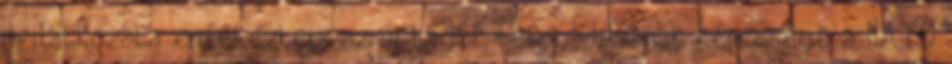
nyilatkozata emlékeztet: az új tagok befogadásának képessége a NATO